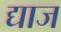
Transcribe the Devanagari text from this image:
द्याज